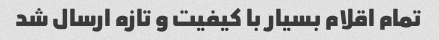
تمام اقلام بسیار با کیفیت و تازه ارسال شد